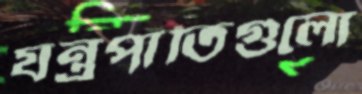
যন্ত্রপাতিগুলো